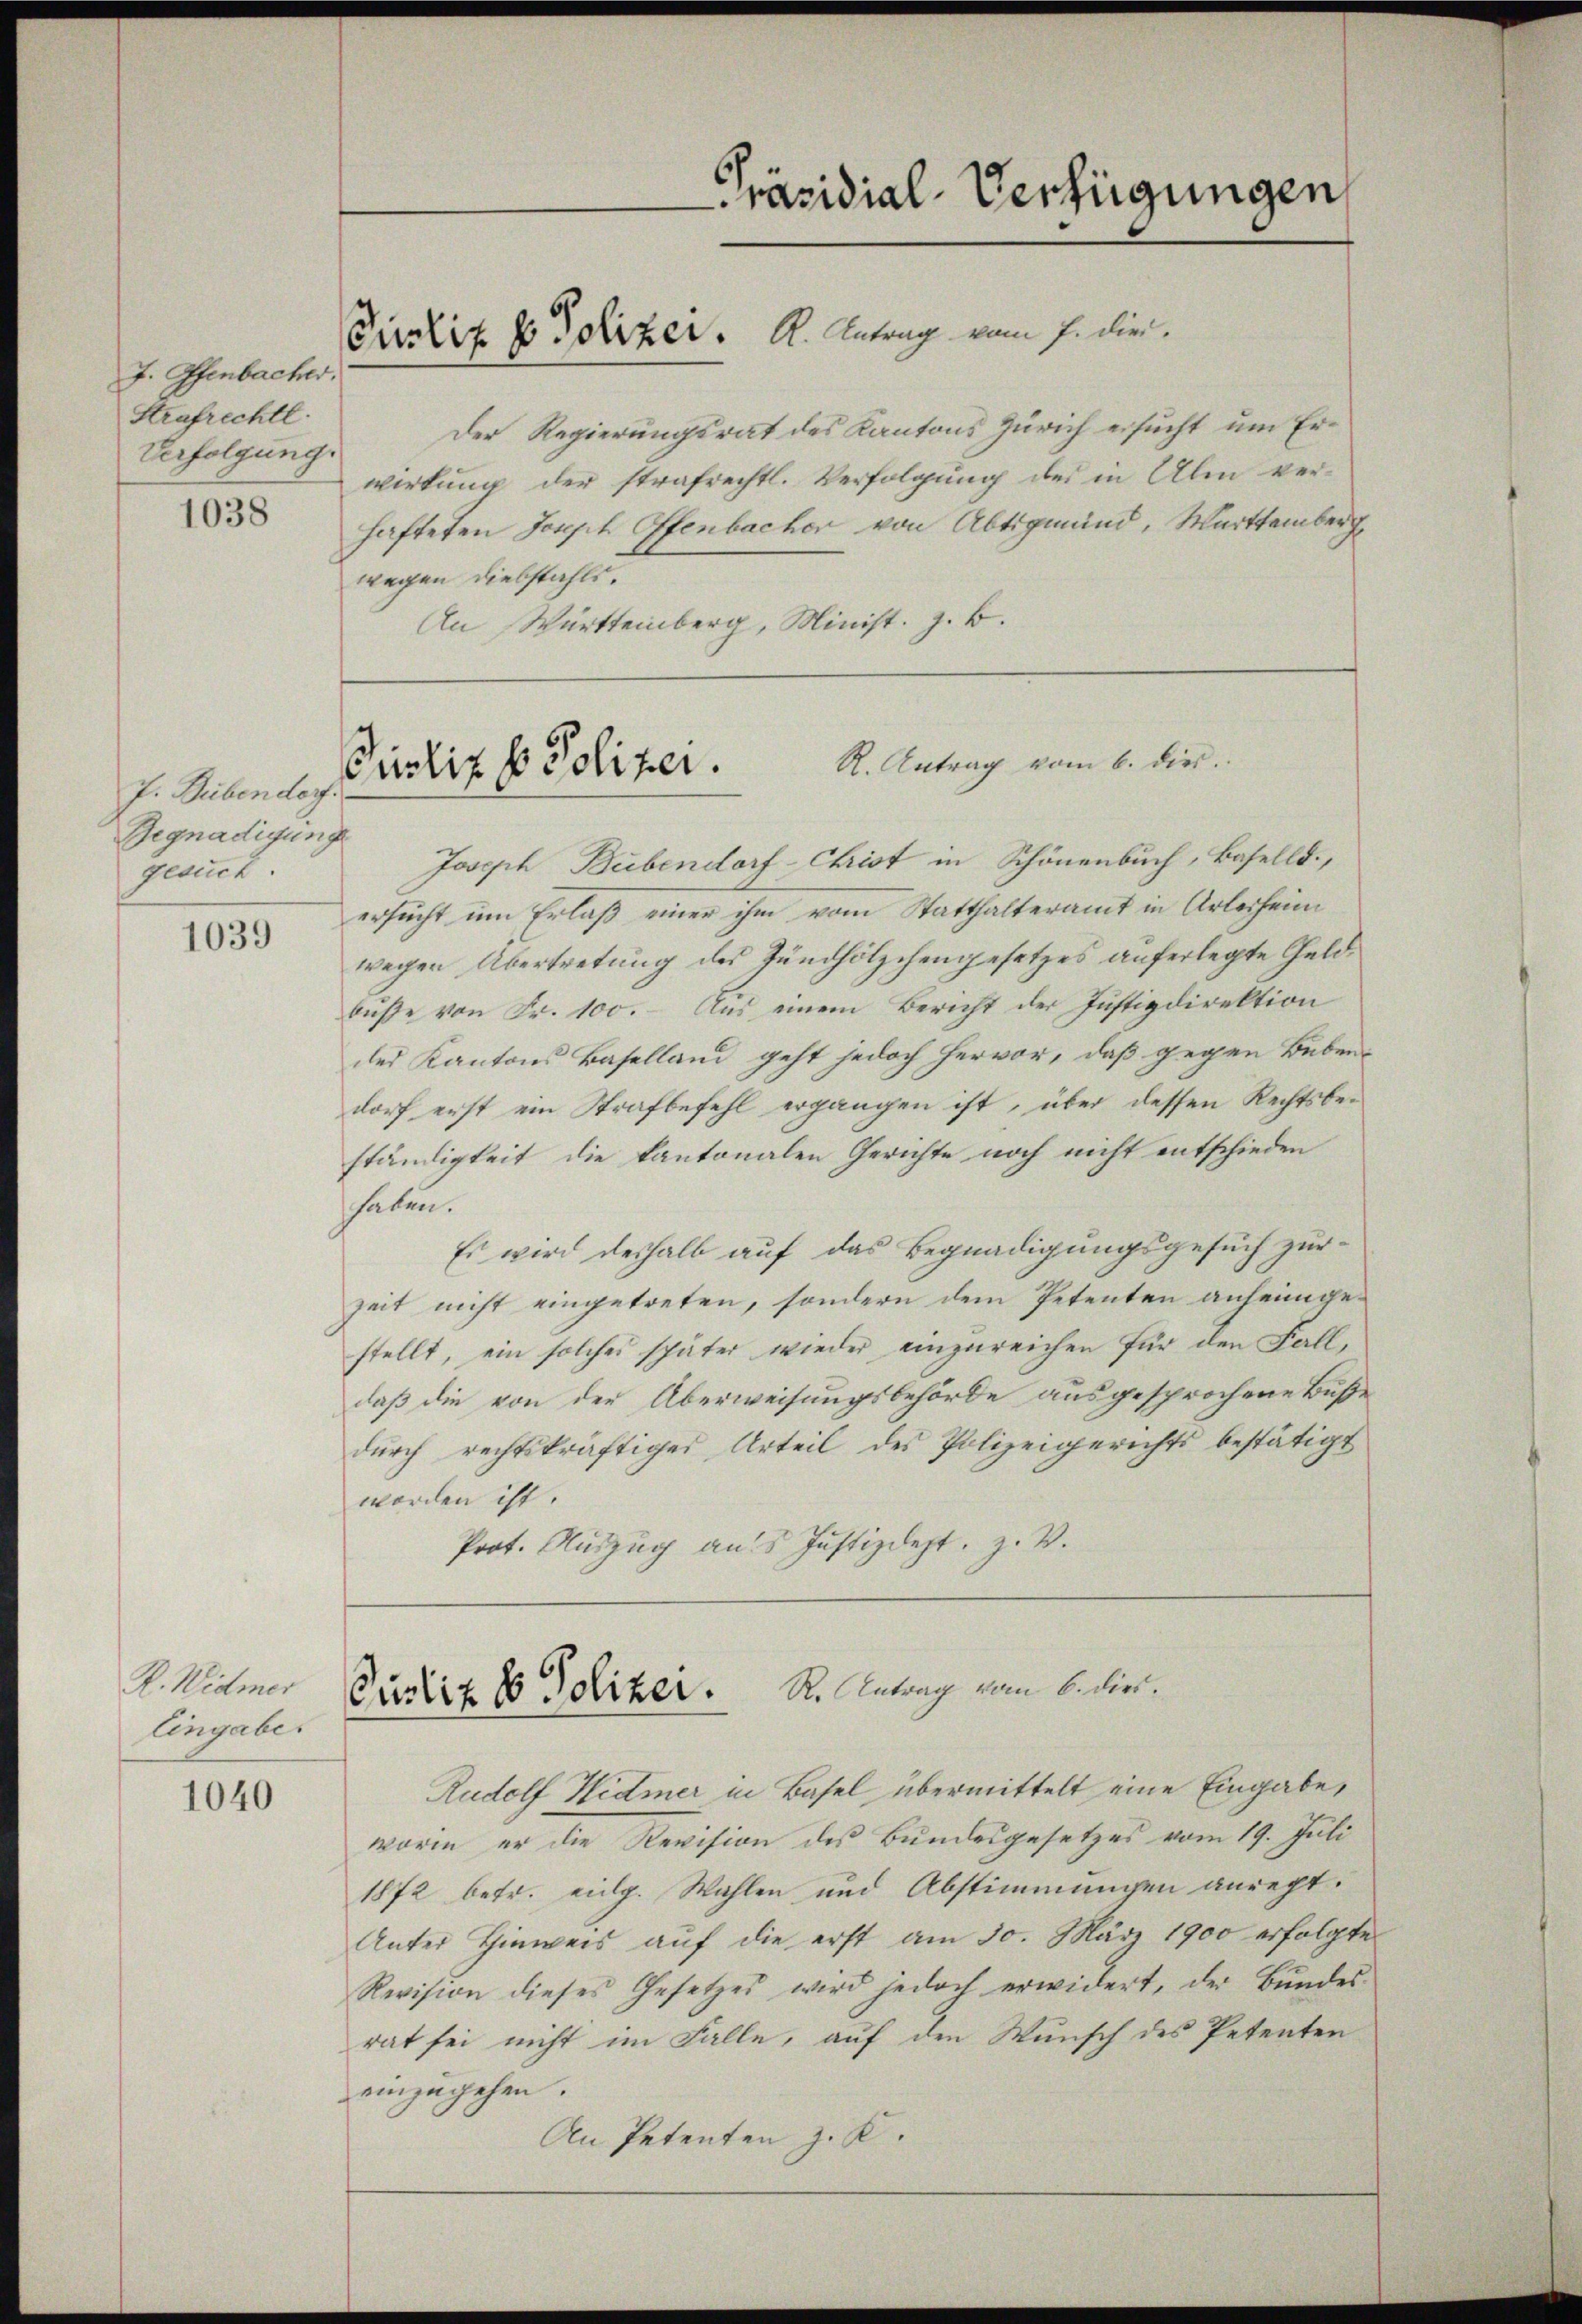
J. Ofenbacher.
Strafrechtl.
Verfolgung.
1038

J. Bübendorf.
Begnadigung
gesuch.

1039

R. Widmer
Eingabes

1040

Der Regierungsrat des Kantons Zürich ersucht um Erwirkung der strafrechtl. Verfolgung des in Alm ver-
hafteten Joseph Offenbacher von Abtigmund, Warttemberg
wegen Diebstahls.
An Württemberg, Minist. z. B.

Purlif v. Polizei. K. Antrag vom 7. die

Picliz E Polizer. K. Antrag vom 6. die

Joseph Bubendorf-Christ in Schönenbuch, Baselld.,
ersucht um Erlaß einer ihm vom Statthalteramt in Arterheim
wegen Übertretung des Zündhölzchengesetzes auferlegte Geldbuße von Fr. 100. Aus einem Bericht der Justizdirektion
des Kantons Baselland geht jedoch hervor, daß gegen Bebendorf erst ein Strafbefehl ergangen ist, über dessen Rechtsbeständigkeit die kantonalen Gerichte noch nicht entschieden
haben.
Es wird deshalb auf das Begnadigungsgesuch zur
Zeit nicht eingetreten, sondern dem Petenten anheimgestellt, ein solches später wieder einzureichen für den Fall,
daß die von der Überweisungsbehörde ausgesprochene Buße
durch rechtskräftiges Urteil des Polizeigerichts bestätigt
worden ist.
Prot. Auszug aus Justizdept. Z. V.

Curtis 10 Poliker. R. Antrag vom 6. dies

Präsidial-Verfügungen

Rudolf Widmer in Basel übermittelt eine Eingabe,
worin er die Revision des Bundesgesetzes vom 19. Juli
1872 betr. eidg. Wahlen und Abstimmungen anrect.
Unter Hinweis auf die erst am 30. März 1900 erfolgte
Revision dieses Gesetzes wird jedoch erwidert, der Bŭndes-
rat sei nicht im Falle, auf den Wunsch des Petenten
einzugehen.
An Petenten z. K.